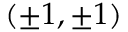
( \pm 1 , \pm 1 )